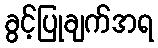
ခွင့်ပြုချက်အရ